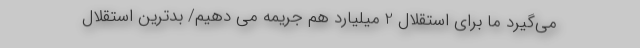
می‌گیرد ما برای استقلال 2 میلیارد هم جریمه می دهیم/ بدترین استقلال